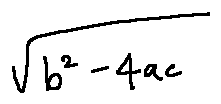
\sqrt { b ^ { 2 } - 4 a c }